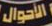
الأحوال